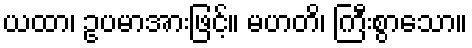
ယထာ၊ ဥပမာအားဖြင့်။ မဟတိ၊ ကြီးစွာသော။